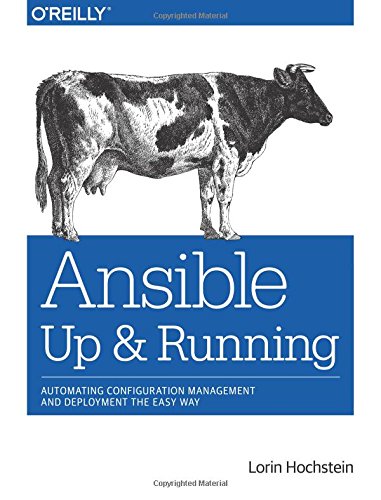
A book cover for Ansible: Up and Running; Lorin Hochstein; Computers & Technology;